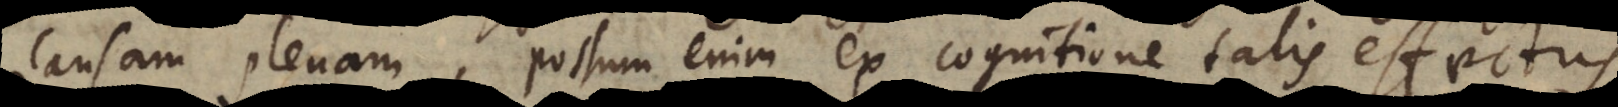
causam plenam, possum enim ex cognitione talis effectus